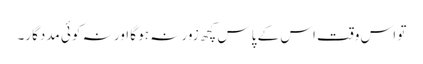
تو اس وقت اس کے پاس کچھ زور نہ ہو گا اور نہ کوئی مددگار۔